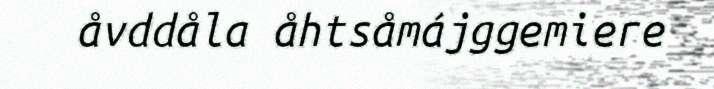
åvddåla åhtsåmájggemiere